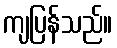
ကျပြန်သည်။